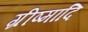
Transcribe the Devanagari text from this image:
ग्रीष्मादि